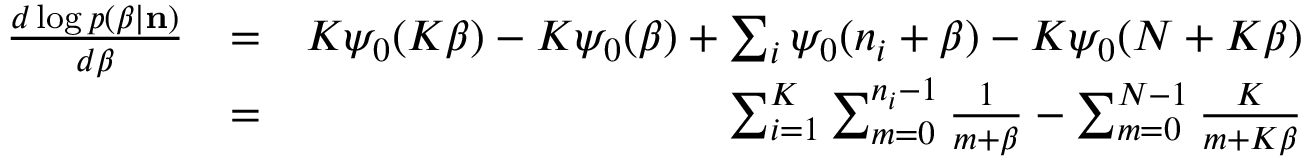
\begin{array} { r l r } { \frac { d \log p ( \beta | { \bf n } ) } { d \beta } } & { = } & { K \psi _ { 0 } ( K \beta ) - K \psi _ { 0 } ( \beta ) + \sum _ { i } \psi _ { 0 } ( n _ { i } + \beta ) - K \psi _ { 0 } ( N + K \beta ) } \\ & { = } & { \sum _ { i = 1 } ^ { K } \sum _ { m = 0 } ^ { n _ { i } - 1 } \frac { 1 } { m + \beta } - \sum _ { m = 0 } ^ { N - 1 } \frac { K } { m + K \beta } } \end{array}